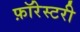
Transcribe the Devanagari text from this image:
फ़ॉरेस्टरी